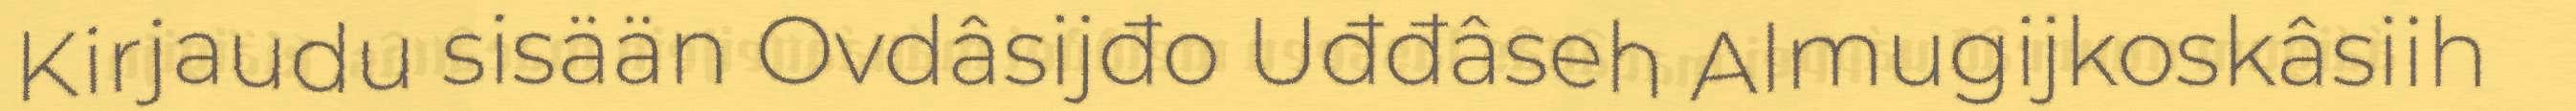
Kirjaudu sisään Ovdâsijđo Uđđâseh Almugijkoskâsiih